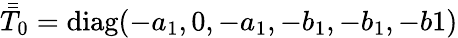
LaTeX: \bar{\bar{T}}_{0}=\mathrm{diag}(-a_{1},0,-a_{1},-b_{1},-b_{1},-b1)